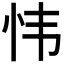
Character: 𫹴